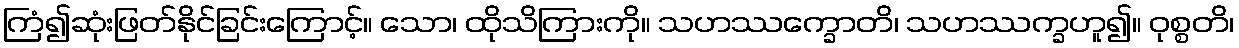
ကြံ၍ဆုံးဖြတ်နိုင်ခြင်းကြောင့်။ သော၊ ထိုသိကြားကို။ သဟဿက္ခောတိ၊ သဟဿက္ခဟူ၍။ ဝုစ္စတိ၊